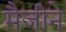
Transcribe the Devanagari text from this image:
मैजीने